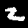
Digit: 2